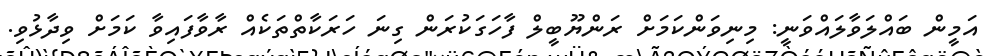
އަމީން ބައްލަވާލައްވަނީ: މިނިވަންކަމަށް ރަންޔޫބީލް ފާހަގަކުރަން ގިނަ ހަރަކާތްތަކެއް ރާވާފައިވާ ކަމަށް ވިދާޅުވި.